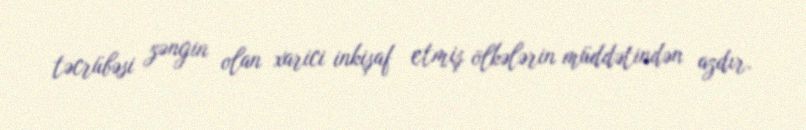
təcrübəsi zəngin olan xarici inkişaf etmiş ölkələrin müddətindən azdır.